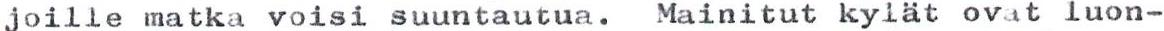
joille matka voisi suuntautua. Mainitut kylät ovat luon-